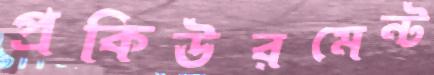
প্রকিউরমেন্ট